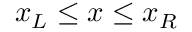
x _ { L } \le x \le x _ { R }